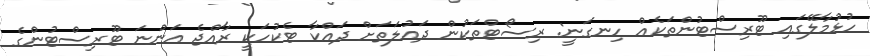
ހުޅުމާލޭގައި ޓޫރިސްޓުންތަކެއް ހިނގަނީ: ރިސޯޓްތަކުން ދައުލަތަށް ދައްކާ ޓެކުހަކީ ރާއްޖެ އަންނަ ޓޫރިސްޓުންގެ